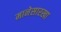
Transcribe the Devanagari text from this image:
मानेसारखा